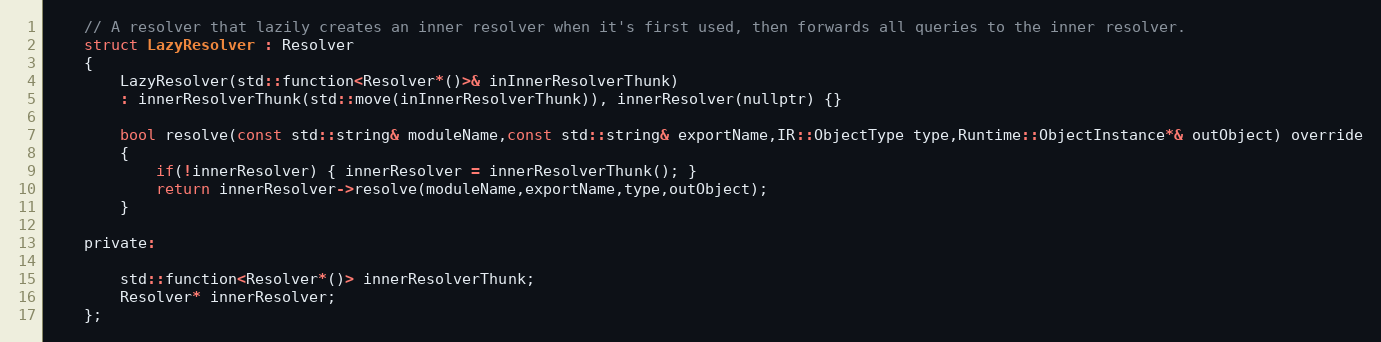
Language: C
	// A resolver that lazily creates an inner resolver when it's first used, then forwards all queries to the inner resolver.
	struct LazyResolver : Resolver
	{
		LazyResolver(std::function<Resolver*()>& inInnerResolverThunk)
		: innerResolverThunk(std::move(inInnerResolverThunk)), innerResolver(nullptr) {}

		bool resolve(const std::string& moduleName,const std::string& exportName,IR::ObjectType type,Runtime::ObjectInstance*& outObject) override
		{
			if(!innerResolver) { innerResolver = innerResolverThunk(); }
			return innerResolver->resolve(moduleName,exportName,type,outObject);
		}

	private:

		std::function<Resolver*()> innerResolverThunk;
		Resolver* innerResolver;
	};